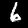
Label: 6